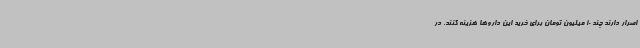
اصرار دارند چند 10 میلیون تومان برای خرید این داروها هزینه کنند. در